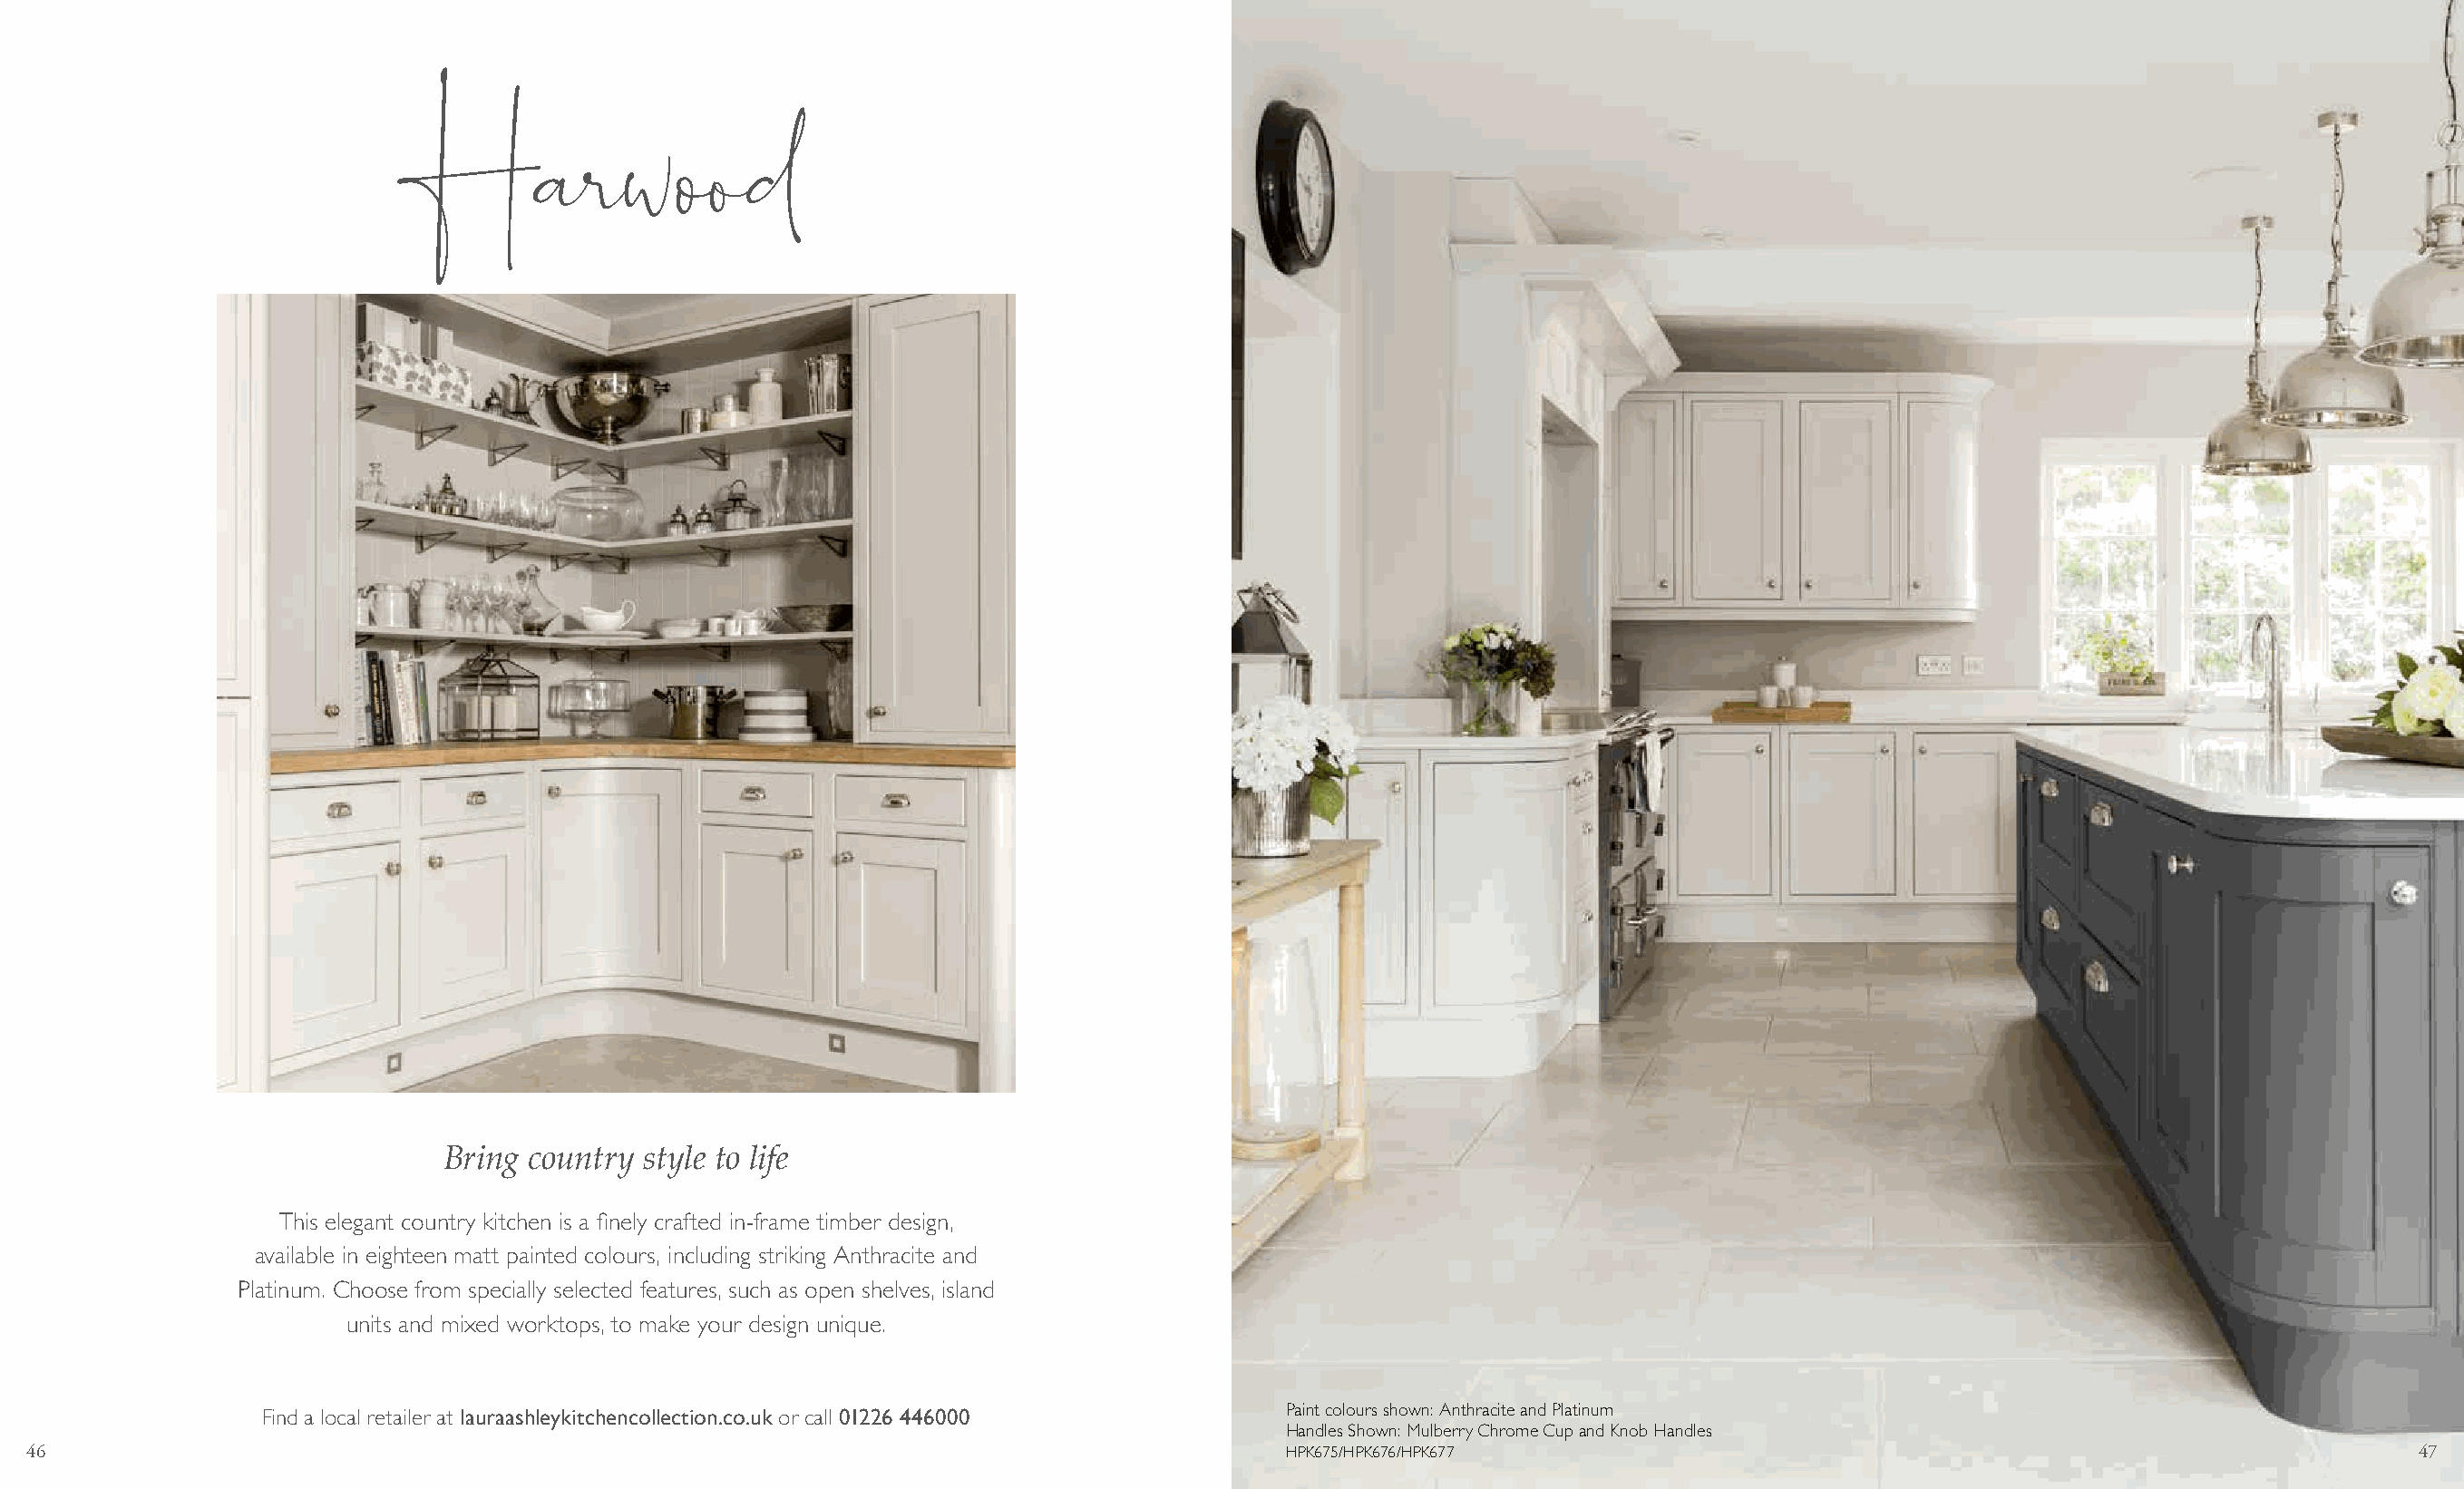
Harwood
 Bring  country style to life
 This elegant country kitchen is a finely crafted in-frame timber design,
 available in eighteen matt painted colours, including striking Anthracite and
 Platinum. Choose from specially selected features, such as open shelves, island
 units and mixed worktops, to make your design unique.
 Find a local retailer at lauraashleykitchencollection.co.uk or call 01226 446000 Paint colours shown: Anthracite and Platinum
 Handles Shown: Mulberry Chrome Cup and Knob Handles
 46                                                                                          HPK675/HPK676/HPK677                                                               47